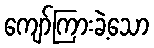
ကျော်ကြားခဲ့သော